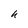
Character: h